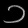
Digit: ၁